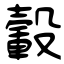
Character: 轂